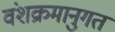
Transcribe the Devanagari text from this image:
वंशक्रमानुगत